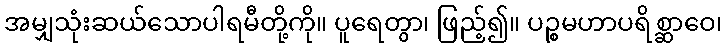
အမျှသုံးဆယ်သောပါရမီတို့ကို။ ပူရေတွာ၊ ဖြည့်၍။ ပဉ္စမဟာပရိစ္ဆာဝေ၊